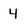
Character: 4